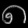
Digit: ၈